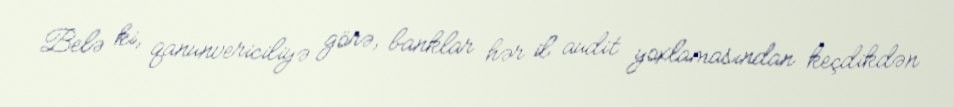
Belə ki, qanunvericiliyə görə, banklar hər il audit yoxlamasından keçdikdən